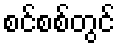
စင်စစ်တွင်